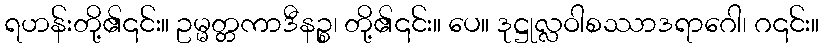
ရဟန်းတို့၏၎င်း။ ဥမ္မတ္တကာဒီနဉ္စ၊ တို့၏၎င်း။ ပေ။ ဒုဋ္ဌုလ္လဝါစဿာဒရာဂေါ၊ ဂ၎င်း။